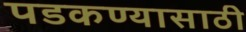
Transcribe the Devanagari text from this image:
पडकण्यासाठी